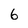
Character: 6